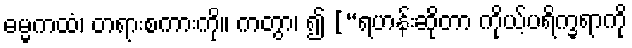
ဓမ္မကထံ၊ တရားစကားကို။ ကတွာ၊ ၍ [“ရဟန်းဆိုတာ ကိုယ့်ပရိက္ခရာကို